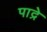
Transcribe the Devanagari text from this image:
पाद्रे